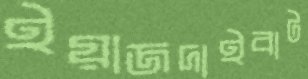
ইয়াজদাইবাট